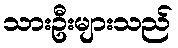
သားဦးများသည်